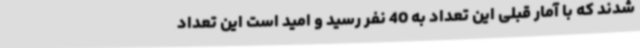
شدند که با آمار قبلی این تعداد به 40 نفر رسید و امید است این تعداد